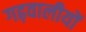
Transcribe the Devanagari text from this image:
गढ़वालीयों